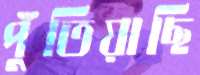
পুঁতিয়াছি